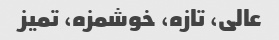
عالی، تازه، خوشمزه، تمیز